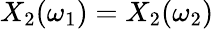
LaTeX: X_{2}(\omega_{1})=X_{2}(\omega_{2})